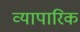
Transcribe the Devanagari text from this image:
व्‍यापारिक